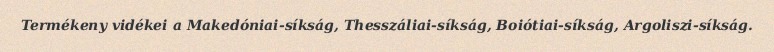
Termékeny vidékei a Makedóniai-síkság, Thesszáliai-síkság, Boiótiai-síkság, Argoliszi-síkság.